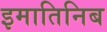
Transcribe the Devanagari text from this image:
इमातिनिब